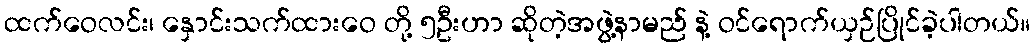
ထက်ဝေလင်း၊ နှောင်းသက်ထားဝေ တို့ ၅ဦးဟာ ဆိုတဲ့အဖွဲ့နာမည် နဲ့ ဝင်ရောက်ယှဉ်ပြိုင်ခဲ့ပါတယ်။